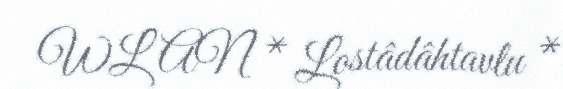
WLAN * Lostâdâhtavlu *